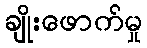
ချိုးဖောက်မှု